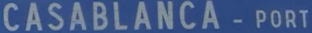
CASABLANCA-PORT